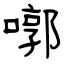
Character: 㗥